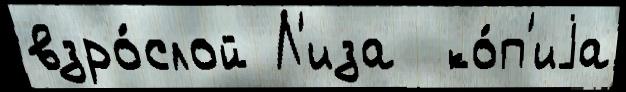
взро́слой Л'иза  ко́п'иjа